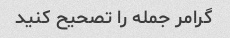
گرامر جمله را تصحیح کنید